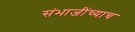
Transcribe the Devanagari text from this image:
संभाजींच्याच